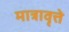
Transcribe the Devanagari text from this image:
मात्रावृत्ते